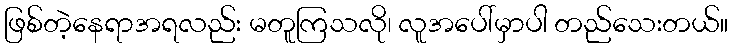
ဖြစ်တဲ့နေရာအရလည်း မတူကြသလို၊ လူအပေါ်မှာပါ တည်သေးတယ်။